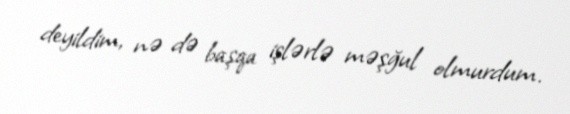
deyildim, nə də başqa işlərlə məşğul olmurdum.